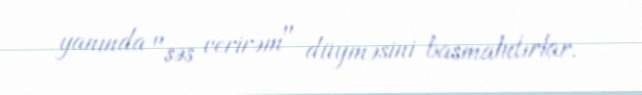
yanında "səs verirəm" düyməsini basmalıdırlar.